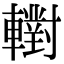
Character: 轛